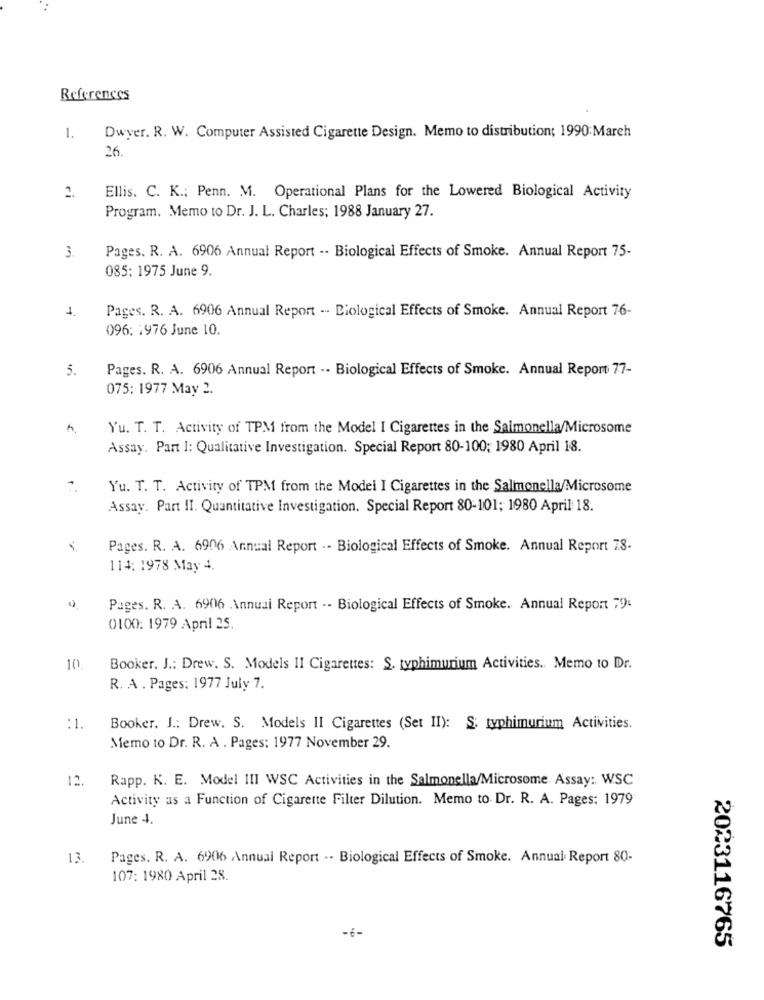
References
1.
Dwyer. R. W. Computer Assisted Cigarette Design. Memo to distribution; 1990:Mareh
26.
2.
Ellis. C. K .; Penn. M. Operational Plans for the Lowered Biological Activity
Program. Memo to Dr. J. L. Charles; 1988 January 27.
3.
Pages. R. A. 6906 Annual Report -- Biological Effects of Smoke. Annual Report 75-
085: 1975 June 9.
1
Pages. R. A. 6906 Annual Report -- Biological Effects of Smoke. Annual Report 76-
096: 1976 June 10.
5.
Pages. R. A. 6906 Annual Report -· Biological Effects of Smoke. Annual Report 77-
075: 1977 May 2.
Yu. T. T. Activity of TPM from the Model I Cigarettes in the Salmonella/Microsome
Assay. Part I: Qualitative Investigation. Special Report 80-100; 1980 April 18.
Yu. T. T. Activity of TPM from the Model I Cigarettes in the Salmonella/Microsome
Assay. Part II. Quantitative Investigation. Special Report 80-101; 1980 April 18.
Pages. R. A. 6906 Annual Report .- Biological Effects of Smoke. Annual Report 78.
114: 1978 May 4.
Pages. R. A. 6906 Annual Report -- Biological Effects of Smoke. Annual Report 79.
0100: 1979 April 25.
10.
Booker, J .: Drew. S. Models II Cigarettes: S. typhimurium Activities .. Memo 10 Dr.
R. A . Pages: 1977 July 7.
:1.
Booker. J .: Drew, S. Models II Cigarettes (Set II): S: typhimurium Activities.
Memo to Dr. R. A . Pages: 1977 November 29.
12.
Rapp. K. E. Model III WSC Activities in the Salmonella/Microsome Assay: WSC
Activity as a Function of Cigarette Filter Dilution. Memo to Dr. R. A. Pages: 1979
June 4.
13.
Pages. R. A. 6906 Annual Report .- Biological Effects of Smoke. Annual Report 80-
107: 1980 April 28.
-6-
2023116765